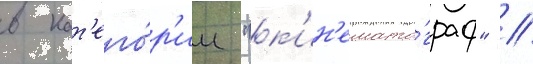
в кат'его́р'ии "к'ин'емато́граф" //